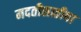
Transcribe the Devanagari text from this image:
मदतीसाठीचा